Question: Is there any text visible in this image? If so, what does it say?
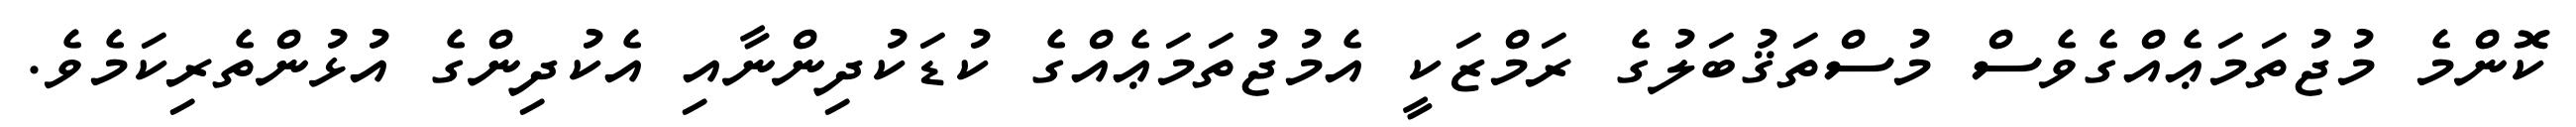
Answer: ކޮންމެ މުޖުތަމަޢެއްގެވެސް މުސްތަޤުބަލުގެ ރަމްޒަކީ އެމުޖުތަމަޢެއްގެ ކުޑަކުދިންނާއި އެކުދިންގެ އުޅުންތެރިކަމެވެ.